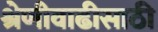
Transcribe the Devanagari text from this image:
श्रेणीवाढीसाठी